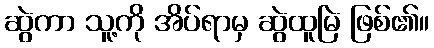
ဆွဲကာ သူ့ကို အိပ်ရာမှ ဆွဲထူမြဲ ဖြစ်၏။